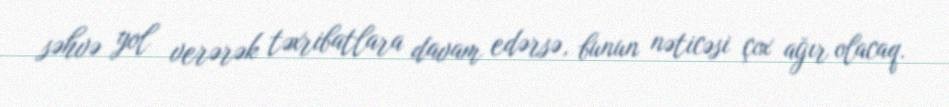
səhvə yol verərək təxribatlara davam edərsə, bunun nəticəsi çox ağır olacaq.